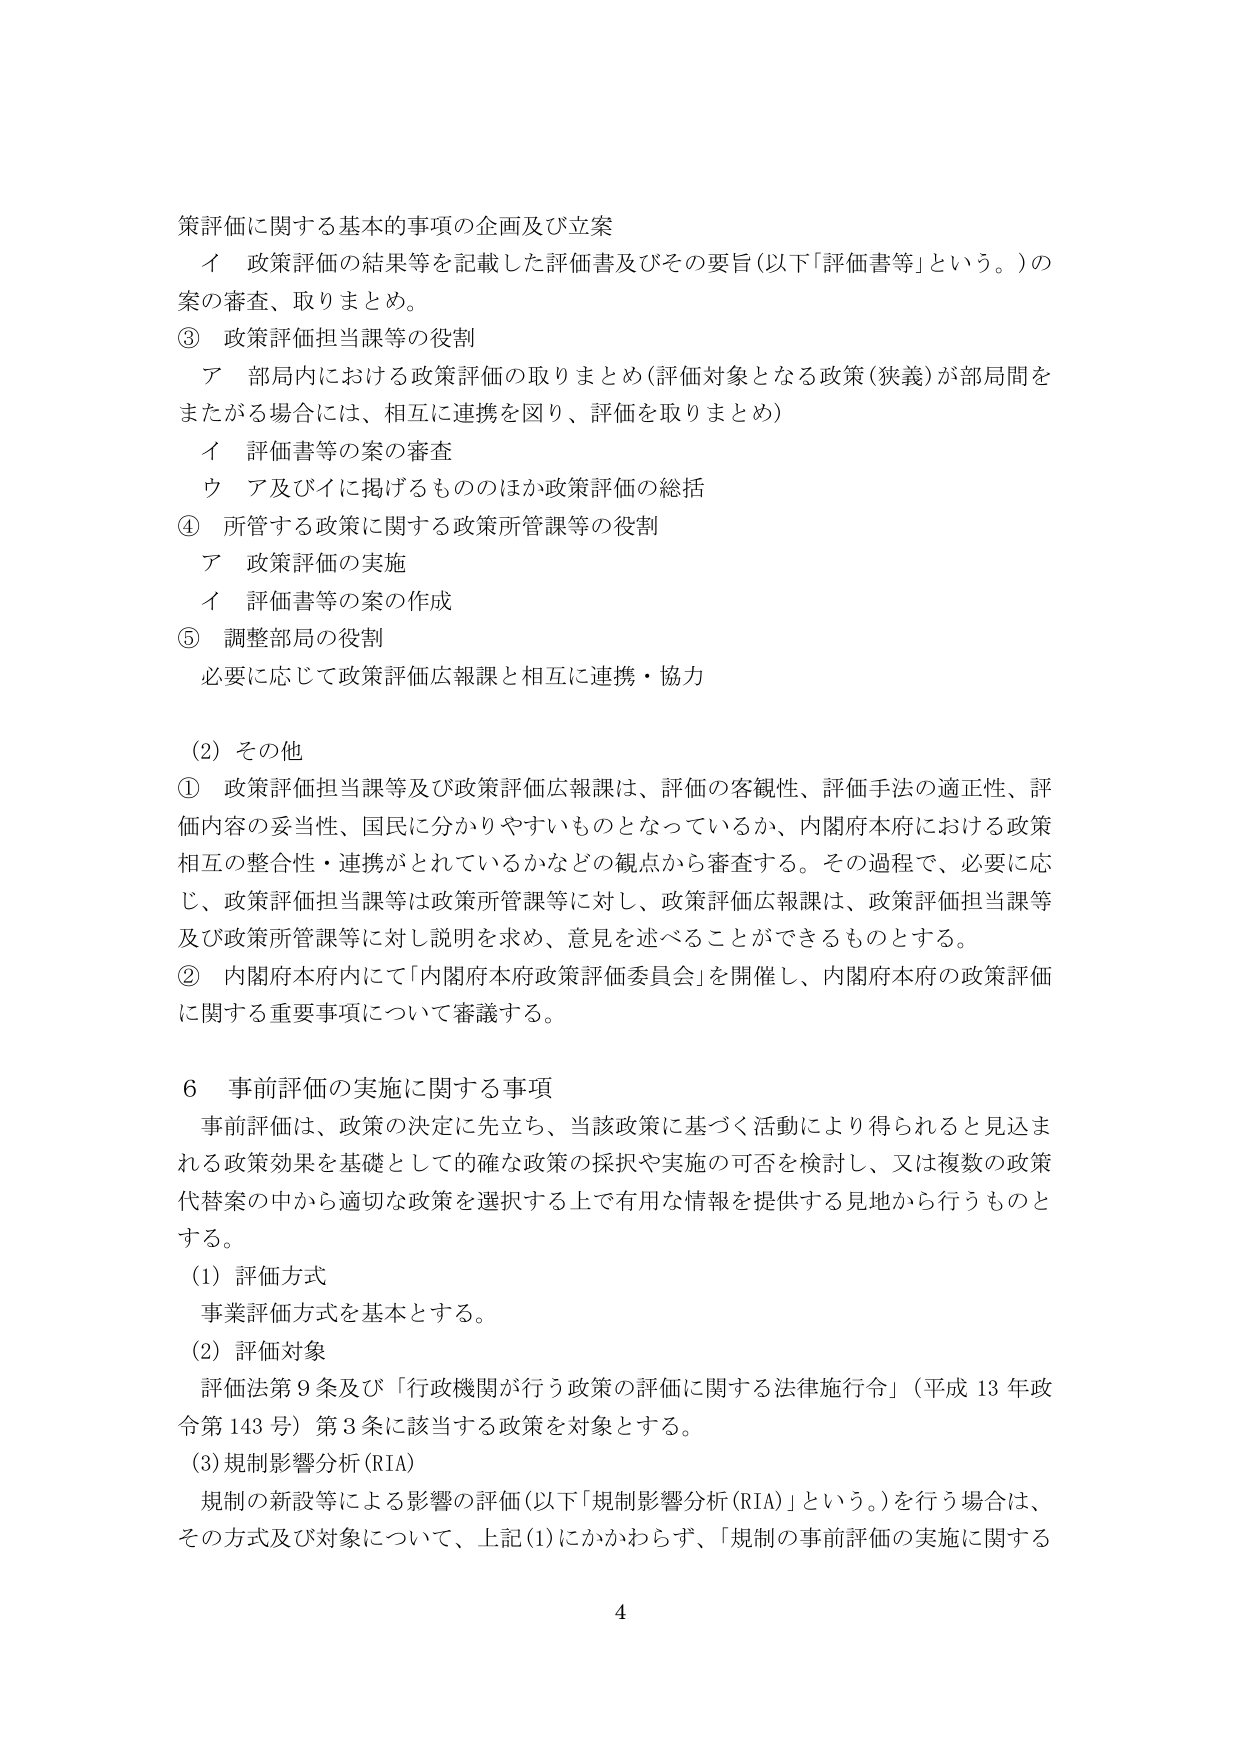
策評価に関する基本的事項の企画及び立案
　イ 政策評価の結果等を記載した評価書及びその要旨（以下「評価書等」という。）の
　案の審査、取りまとめ。
③ 政策評価担当課等の役割
　ア 部局内における政策評価の取りまとめ（評価対象となる政策（狭義）が部局間を
　またがる場合には、相互に連携を図り、評価を取りまとめ）
　　イ 評価書等の案の審査
　　ウ ア及びイに掲げるもののほか政策評価の総括
④ 所管する政策に関する政策所管課等の役割
　ア 政策評価の実施
　　イ 評価書等の案の作成
⑤ 調整部局の役割
　必要に応じて政策評価広報課と相互に連携・協力

（2）その他
① 政策評価担当課等及び政策評価広報課は、評価の客観性、評価手法の適正性、評
　価内容の妥当性、国民に分かりやすいものとなっているか、内閣府本府における政策
　相互の整合性・連携がとれているかなどの観点から審査する。その過程で、必要に応
　じ、政策評価担当課等は政策所管課等に対し、政策評価広報課は、政策評価担当課等
　及び政策所管課等に対し説明を求め、意見を述べることができるものをとする。
② 内閣府本府内にて「内閣府本府政策評価委員会」を開催し、内閣府本府の政策評価
　に関する重要事項について審議する。

6 事前評価の実施に関する事項
　事前評価は、政策の決定に先立ち、当該政策に基づく活動により得られると見込まれる政策効果を基礎として的確な政策の採択や実施の可否を検討し、又は複数の政策代替案の中から適切な政策を選択する上で有用な情報を提供する見地から行うものとする。
　（1）評価方式
　　事業評価方式を基本とする。
　（2）評価対象
　　評価法第9条及び「行政機関が行う政策の評価に関する法律施行令」（平成13年政令第143号）第3条に該当する政策を対象とする。
　（3）規制影響分析（RIA）
　　規制の新設等による影響の評価（以下「規制影響分析（RIA）」という。）を行う場合は、
　　その方式及び対象について、上記（1）にかかわらず、「規制の事前評価の実施に関する

4